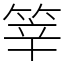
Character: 𥭴